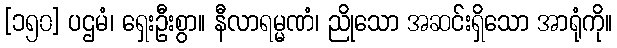
[၁၅၀] ပဌမံ၊ ရှေးဦးစွာ။ နီလာရမ္မဏံ၊ ညိုသော အဆင်းရှိသော အာရုံကို။